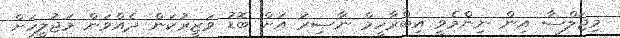
މިޖަލްސާ އިން ނިންމެވީ އިބްރާހީމް ނާޞިރު އަށް ބޮޑު ވަޒީރުކަން ދެއްވަން މަޖުލީހަށް